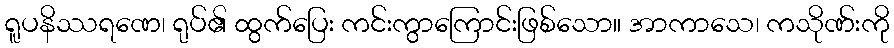
ရူပနိဿရဏေ၊ ရုပ်၏ ထွက်ပြေး ကင်းကွာကြောင်းဖြစ်သော။ အာကာသေ၊ ကသိုဏ်းကို